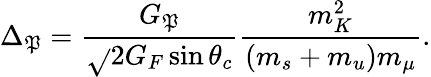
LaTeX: \Delta_{\mathfrak{P}}=\frac{{G_{\mathfrak{P}}}}{{\sqrt{}{{2}}G_{F}\sin\theta_{c}}}\frac{{m_{K}^{2}}}{{(m_{s}+m_{u})m_{\mu}}}.